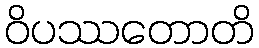
ဝိပဿတောတိ